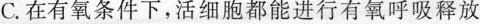
C.在有氧条件下，活细胞都能进行有氧呼吸释放